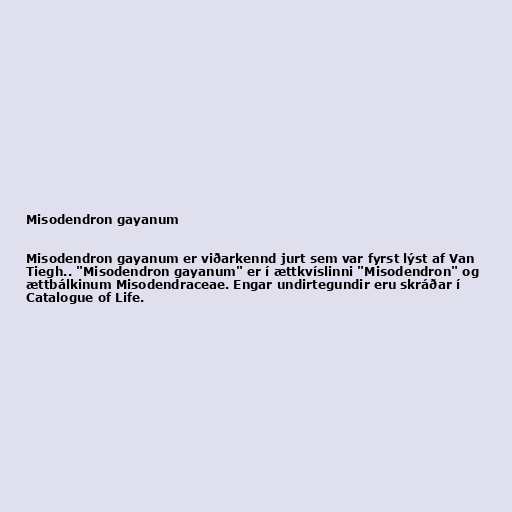
Misodendron gayanum

Misodendron gayanum er viðarkennd jurt sem var fyrst lýst af Van
Tiegh.. "Misodendron gayanum" er í ættkvíslinni "Misodendron" og
ættbálkinum Misodendraceae. Engar undirtegundir eru skráðar í
Catalogue of Life.